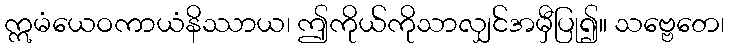
ဣမံယေဝကာယံနိဿာယ၊ ဤကိုယ်ကိုသာလျှင်အမှီပြု၍။ သဗ္ဗေတေ၊